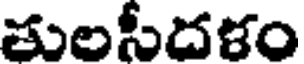
తులసీదళం